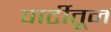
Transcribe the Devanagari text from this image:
पार्टीतून